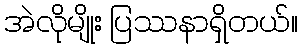
အဲလိုမျိုး ပြဿနာရှိတယ်။